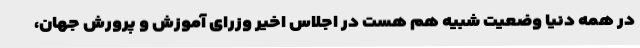
در همه دنیا وضعیت شبیه هم هست در اجلاس اخیر وزرای آموزش و پرورش جهان،